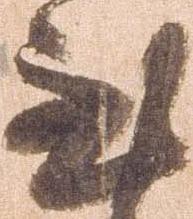
至